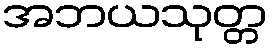
အဘယသုတ္တ